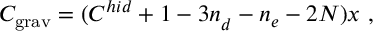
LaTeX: C _ { \mathrm { g r a v } } ^ { } = ( C _ { } ^ { h i d } + 1 - 3 n _ { d } ^ { } - n _ { e } ^ { } - 2 N ) x \ ,